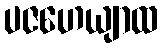
ပဇဟေယျာထ